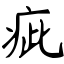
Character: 疵